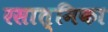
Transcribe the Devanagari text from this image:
रसात्मिका